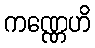
ကဏ္ဏေဟိ